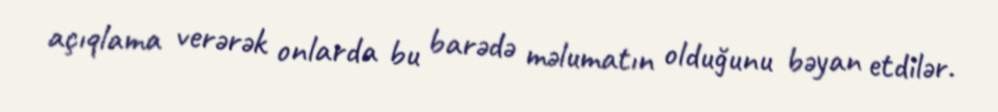
açıqlama verərək onlarda bu barədə məlumatın olduğunu bəyan etdilər.